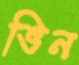
ভিন